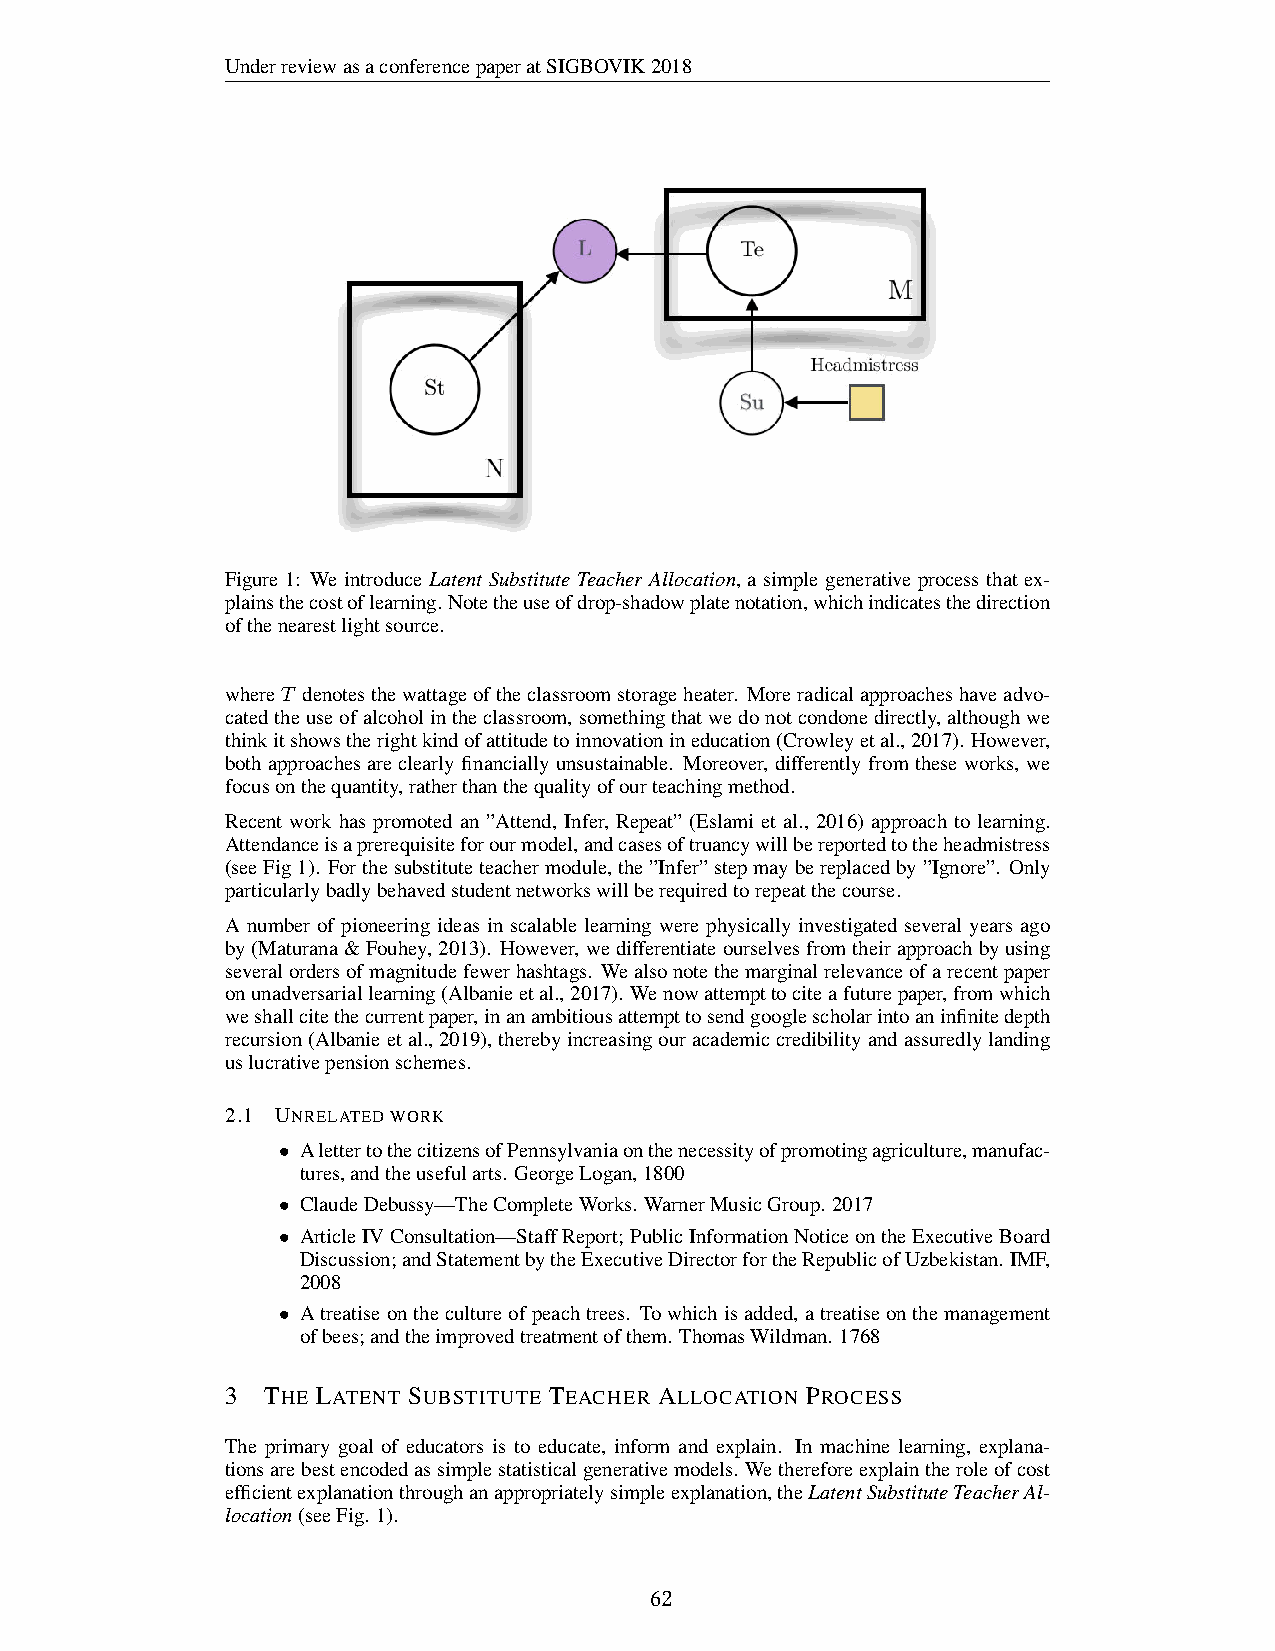
UnderreviewasaconferencepaperatSIGBOVIK2018
 Figure 1: We introduce Latent Substitute Teacher Allocation, a simple generative process that ex-
 plainsthecostoflearning.Notetheuseofdrop-shadowplatenotation,whichindicatesthedirection
 ofthenearestlightsource.
 whereT denotesthewattageoftheclassroomstorageheater. Moreradicalapproacheshaveadvo-
 catedtheuseofalcoholintheclassroom,somethingthatwedonotcondonedirectly,althoughwe
 thinkitshowstherightkindofattitudetoinnovationineducation(Crowleyetal.,2017). However,
 bothapproachesareclearlyfinanciallyunsustainable. Moreover, differentlyfromtheseworks, we
 focusonthequantity,ratherthanthequalityofourteachingmethod.
 Recent work has promoted an ”Attend, Infer, Repeat” (Eslami et al., 2016) approach to learning.
 Attendanceisaprerequisiteforourmodel,andcasesoftruancywillbereportedtotheheadmistress
 (seeFig1). Forthesubstituteteachermodule,the”Infer”stepmaybereplacedby”Ignore”. Only
 particularlybadlybehavedstudentnetworkswillberequiredtorepeatthecourse.
 A number of pioneering ideas in scalable learning were physically investigated several years ago
 by(Maturana&Fouhey,2013). However,wedifferentiateourselvesfromtheirapproachbyusing
 severalordersofmagnitudefewerhashtags. Wealsonotethemarginalrelevanceofarecentpaper
 onunadversariallearning(Albanieetal.,2017). Wenowattempttociteafuturepaper,fromwhich
 weshallcitethecurrentpaper,inanambitiousattempttosendgooglescholarintoaninfinitedepth
 recursion(Albanieetal.,2019),therebyincreasingouracademiccredibilityandassuredlylanding
 uslucrativepensionschemes.
 2.1 UNRELATEDWORK
 AlettertothecitizensofPennsylvaniaonthenecessityofpromotingagriculture,manufac-
 •
 tures,andtheusefularts. GeorgeLogan,1800
 ClaudeDebussy—TheCompleteWorks. WarnerMusicGroup. 2017
 •
 ArticleIVConsultation—StaffReport;PublicInformationNoticeontheExecutiveBoard
 •
 Discussion;andStatementbytheExecutiveDirectorfortheRepublicofUzbekistan. IMF,
 2008
 Atreatiseonthecultureofpeachtrees. Towhichisadded,atreatiseonthemanagement
 •
 ofbees;andtheimprovedtreatmentofthem. ThomasWildman. 1768
 3 THE LATENT SUBSTITUTE TEACHER ALLOCATION PROCESS
 The primary goal of educators is to educate, inform and explain. In machine learning, explana-
 tionsarebestencodedassimplestatisticalgenerativemodels. Wethereforeexplaintheroleofcost
 efficientexplanationthroughanappropriatelysimpleexplanation,theLatentSubstituteTeacherAl-
 location(seeFig. 1).
 3
 62